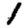
Digit: 1